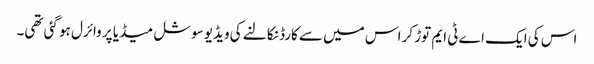
اس کی ایک اے ٹی ایم توڑ کر اس میں سے کارڈ نکالنے کی ویڈیو سوشل میڈیا پر وائرل ہو گئی تھی۔